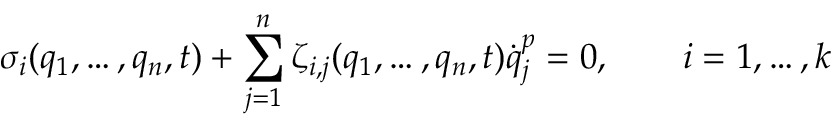
\sigma _ { i } ( q _ { 1 } , \dots , q _ { n } , t ) + \sum _ { j = 1 } ^ { n } \zeta _ { i , j } ( q _ { 1 } , \dots , q _ { n } , t ) { \dot { q } } _ { j } ^ { p } = 0 , \qquad i = 1 , \dots , k